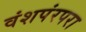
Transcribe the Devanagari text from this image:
वंशपंरपरा